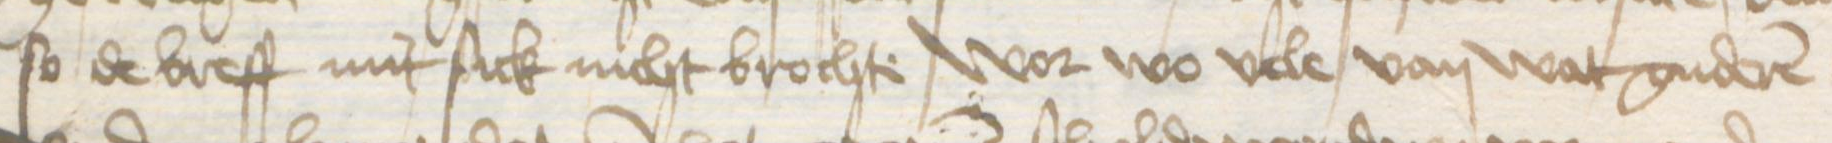
so de breff mit sick nicht brochte wor wo vele van wat guderen